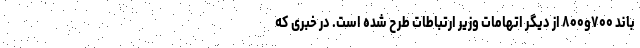
باند ۷۰۰و۸۰۰ از دیگر اتهامات وزیر ارتباطات طرح شده است. در خبری که